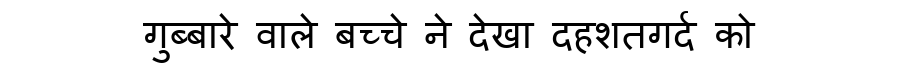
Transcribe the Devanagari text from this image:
गुब्बारे वाले बच्चे ने देखा दहशतगर्द को